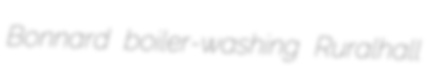
Bonnard boiler-washing Ruralhall